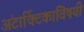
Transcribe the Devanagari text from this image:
अंटार्क्टिकाविषयी